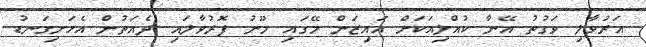
އަރުވާލި ވަގުތު އޭނާ ކުއްލިއަކަށް އައިޒަން މޭގައި މޫނު ފޮރުވާލައި ދެއަތުން އެހަށިގަނޑު